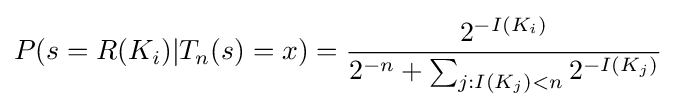
P(s=R(K_{i})|T_{n}(s)=x)={\frac {2^{-I(K_{i})}}{2^{-n}+\sum _{j:I(K_{j})<n}2^{-I(K_{j})}}}